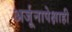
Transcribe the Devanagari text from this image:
अर्जूनापेक्षाही